Indian Civil Veterinary Department memoirs
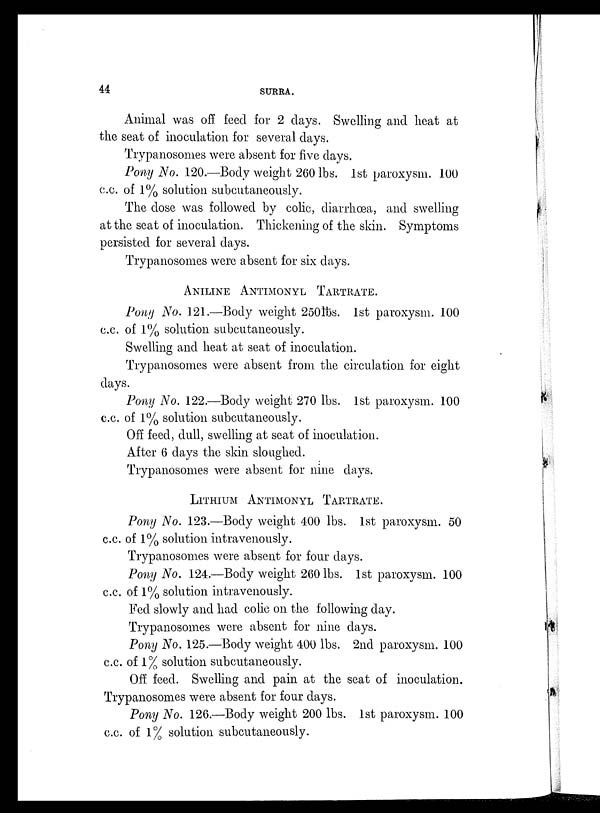
44
SURRA.
Animal was off feed for 2 days. Swelling and heat at
the seat of inoculation for several days.
Trypanosomes were absent for five days.
Pony No. 120.—Body weight 260 lbs. 1st paroxysm. 100
c.c. of 1% solution subcutaneously.
The dose was followed by colic, diarrhœa, and swelling
at the seat of inoculation. Thickening of the skin. Symptoms
persisted for several days.
Trypanosomes were absent for six days.
ANILINE ANTIMONYL TARTRATE.
Pony No. 121.—Body weight 250lbs. 1st paroxysm. 100
c.c. of 1% solution subcutaneously.
Swelling and heat at seat of inoculation.
Trypanosomes were absent from the circulation for eight
days.
Pony No. 122.—Body weight 270 lbs. 1st paroxysm. 100
c.c. of 1% solution subcutaneously.
Off feed, dull, swelling at seat of inoculation.
After 6 days the skin sloughed.
Trypanosomes were absent for nine days.
LITHIUM ANTIMONYL TARTRATE.
Pony No. 123.—Body weight 400 lbs. 1st paroxysm. 50
c.c. of 1% solution intravenously.
Trypanosomes were absent for four days.
Pony No. 124.—Body weight 260 lbs. 1st paroxysm. 100
c.c. of 1% solution intravenously.
Fed slowly and had colic on the following day.
Trypanosomes were absent for nine days.
Pony No. 125.—Body weight 400 lbs. 2nd paroxysm. 100
c.c. of 1% solution subcutaneously.
Off feed. Swelling and pain at the seat of inoculation.
Trypanosomes were absent for four days.
Pony No. 126.—Body weight 200 lbs. 1st paroxysm. 100
c.c. of 1% solution subcutaneously.